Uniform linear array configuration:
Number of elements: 16
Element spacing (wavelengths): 1
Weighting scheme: uniform
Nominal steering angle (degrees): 60
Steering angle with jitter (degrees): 61.965
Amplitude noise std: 0.05
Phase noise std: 0.05

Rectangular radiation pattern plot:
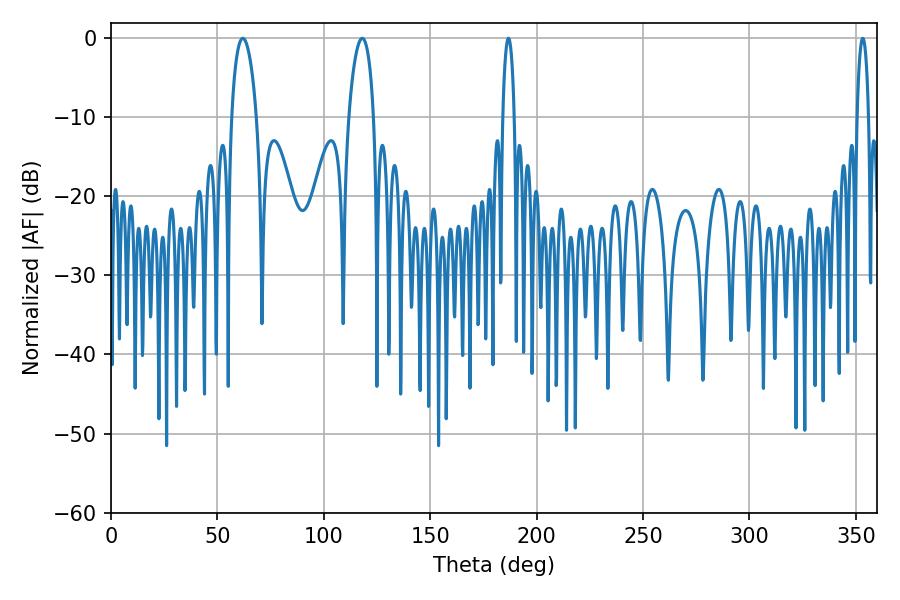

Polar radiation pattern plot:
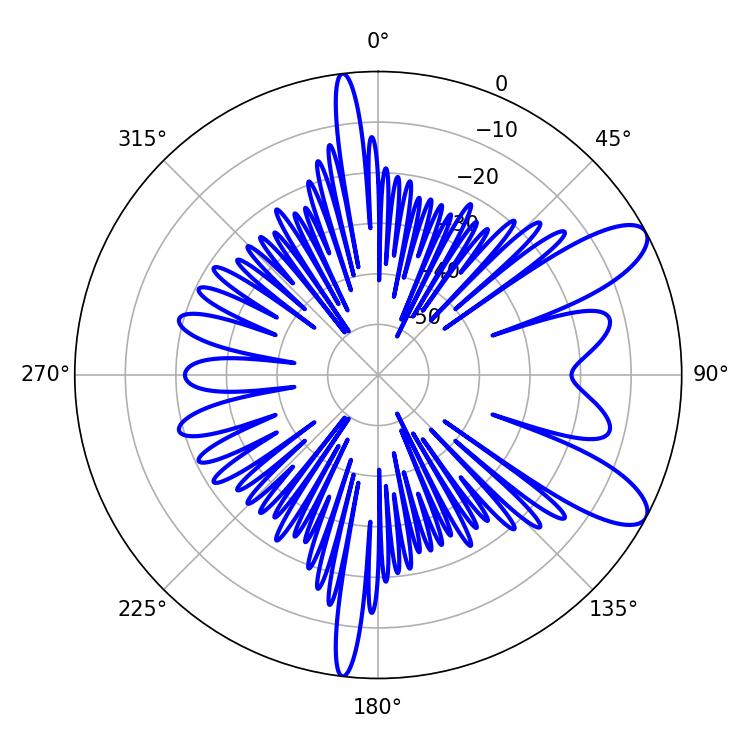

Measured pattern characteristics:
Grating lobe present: TRUE
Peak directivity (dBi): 9.642
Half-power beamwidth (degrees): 6.66
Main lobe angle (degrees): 61.92